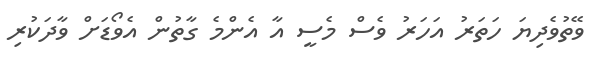
ވޭތުވެދިޔަ ހަތަރު އަހަރު ވެސް މެސީ އާ އެންމެ ގާތުން އެވޯޑަށް ވާދަކުރި